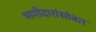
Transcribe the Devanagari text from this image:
भागीदारांसोबत